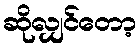
ဆိုလျှင်တော့